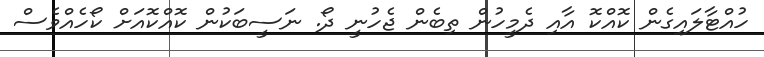
ހުއްޓާލައިގެން ކޮއްކޮ އާއި ދެމީހުން ތިބެން ޖެހުނީ ދޯ. ނަސީބަކުން ކޮއްކޮއަށް ކޯހެއްވެސް